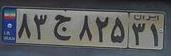
۸۳ج۸۲۵۳۱